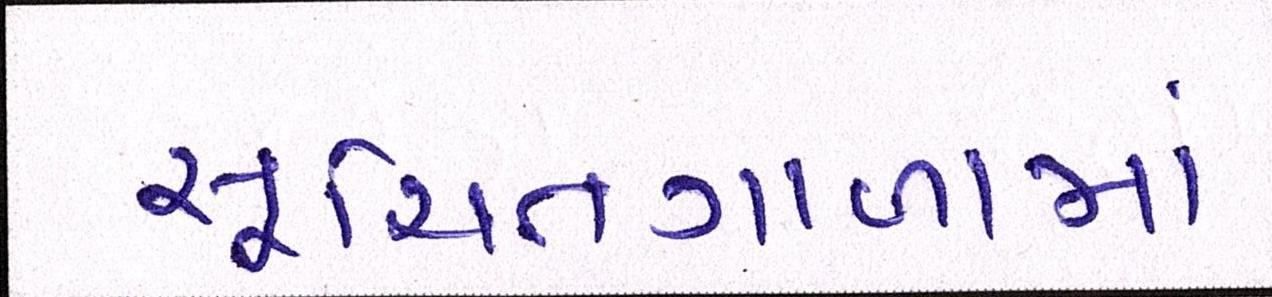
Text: સૂચિતગાળામાં